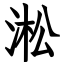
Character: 淞